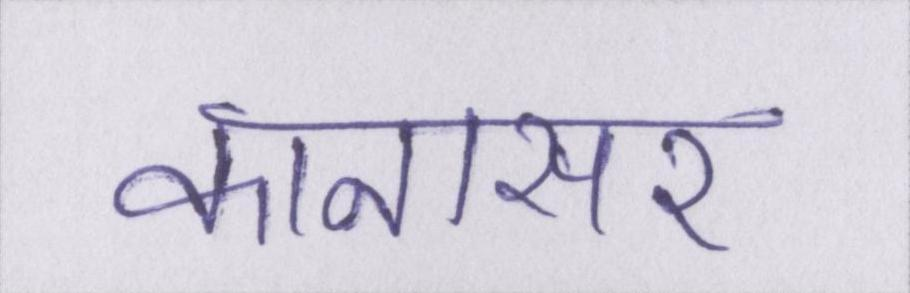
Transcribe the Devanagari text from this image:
कानासर